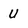
Character: U